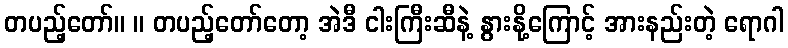
တပည့်တော်။ ။ တပည့်တော်တော့ အဲဒီ ငါးကြီးဆီနဲ့ နွားနို့ကြောင့် အားနည်းတဲ့ ရောဂါ